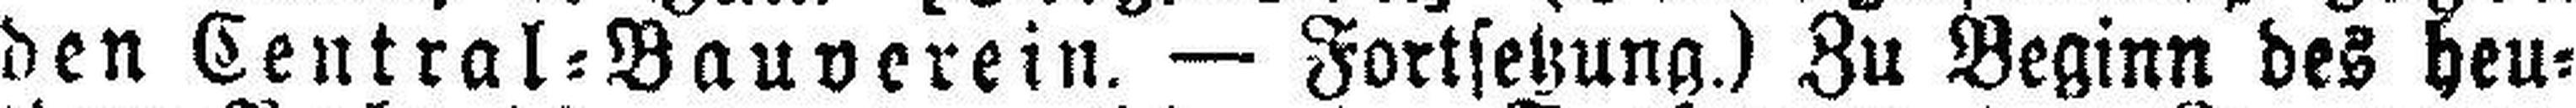
den Central=Bauverein. — Fortsetzung.) Zu Beginn des heu¬